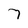
Character: 7